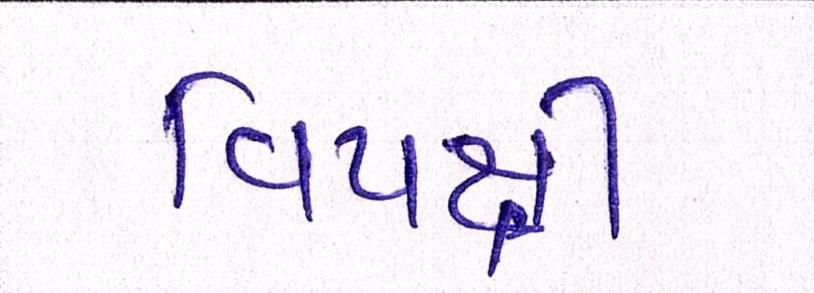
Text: વિપક્ષી